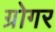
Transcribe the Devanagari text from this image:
ग्रोगर